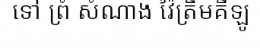
ទៅ ព្រំ សំណាង វ៉ៃត្រឹមគីឡូ